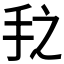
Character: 𰓇